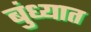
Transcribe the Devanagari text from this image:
बुंध्यात